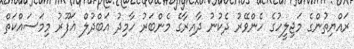
ރައްޔިތުންގެ މަޖިލީހުގެ ހެންވޭރު ދެކުނު ދާއިރާގެ މެންބަރު ހާމިދު އަބްދުލް ޣަފޫރު މިމަސައްކަތް